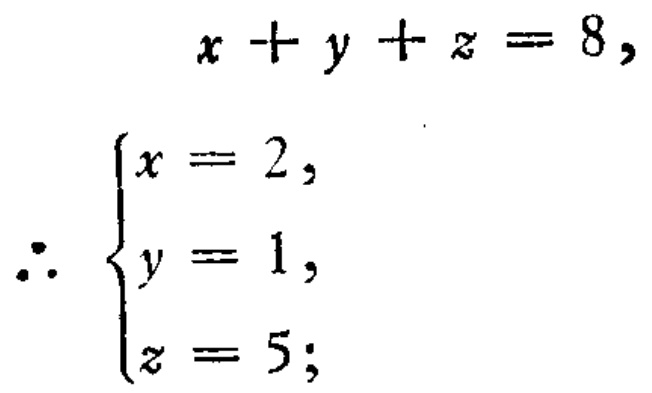
\[
\begin{gathered}
x + y + z = 8,\\
\therefore
\begin{cases}
x = 2,\\
y = 1,\\
z = 5;
\end{cases}
\end{gathered}
\]